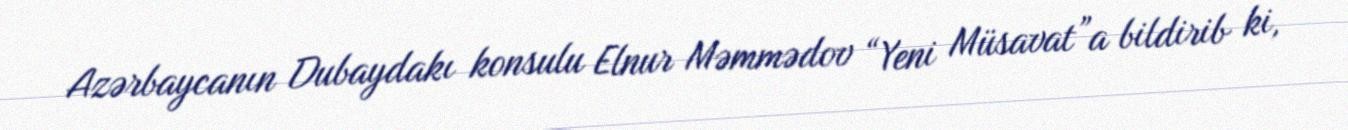
Azərbaycanın Dubaydakı konsulu Elnur Məmmədov “Yeni Müsavat”a bildirib ki,